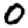
Digit: 0